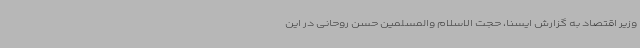
وزیر اقتصاد به گزارش ایسنا، حجت الاسلام والمسلمین حسن روحانی در این